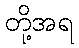
တို့အရ